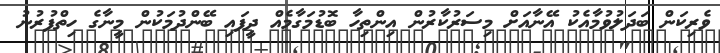
ވެރިކަން ބަދަލުވުމާއެކު އޭނާއަށް މިސަރުކާރުން އިންތިހާ ބޮޑުމަގާމެއް ދީފައި ބޭންދުމަކުން މީނާގެ ހިތްފުރުނު